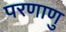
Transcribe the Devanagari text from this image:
परणाणु